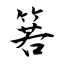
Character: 箬